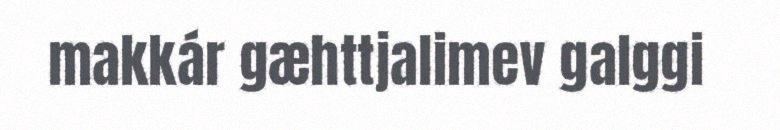
makkár gæhttjalimev galggi